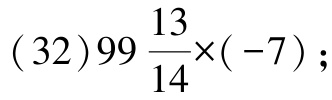
\((32)99\frac{13}{14}\times(-7);\)